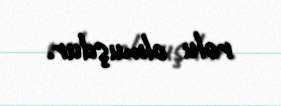
rolu olmuşdur.